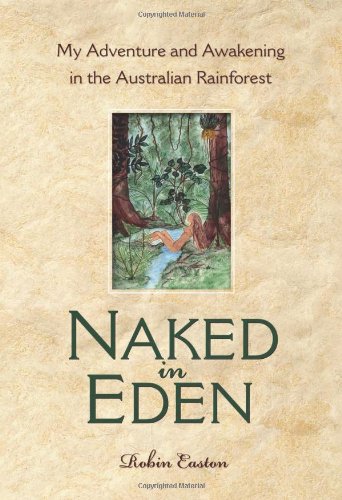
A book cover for Naked in Eden: My Adventure and Awakening in the Australian Rainforest; Robin Easton; Biographies & Memoirs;